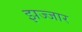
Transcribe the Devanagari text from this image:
झज्जार